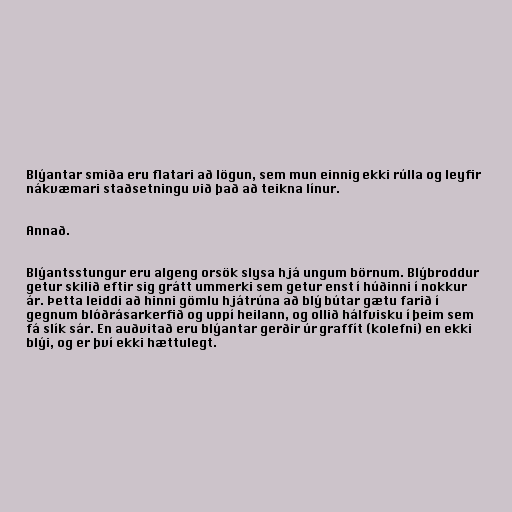
Blýantar smiða eru flatari að lögun, sem mun einnig ekki rúlla og leyfir
nákvæmari staðsetningu við það að teikna línur.

Annað.

Blýantsstungur eru algeng orsök slysa hjá ungum börnum. Blýbroddur
getur skilið eftir sig grátt ummerki sem getur enst í húðinni í nokkur
ár. Þetta leiddi að hinni gömlu hjátrúna að blý bútar gætu farið í
gegnum blóðrásarkerfið og uppí heilann, og ollið hálfvisku í þeim sem
fá slík sár. En auðvitað eru blýantar gerðir úr graffít (kolefni) en ekki
blýi, og er því ekki hættulegt.